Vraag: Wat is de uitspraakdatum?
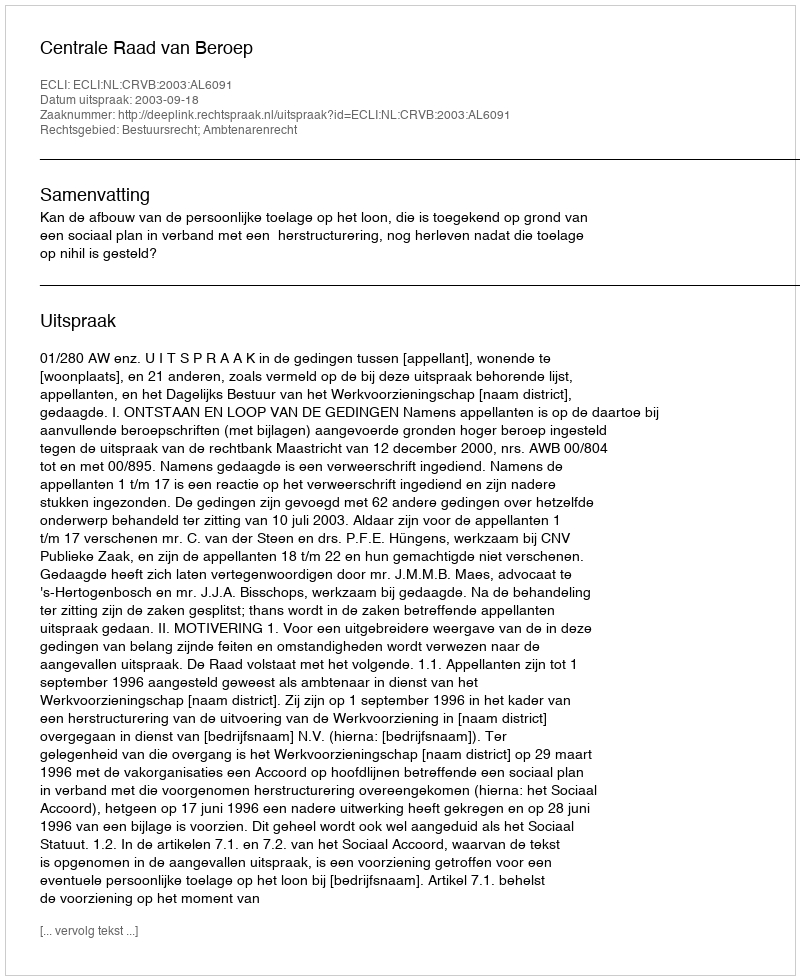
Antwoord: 2003-09-18